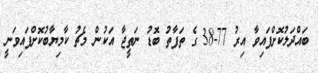
ބައްދަލުކޮށްފައިވާ އިރު 77-38 ގެ ތަފާތު ބޮޑު ނަތީޖާ އަކުން މެޗު ކާމިޔާބުކޮށްފައިވަނީ